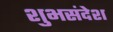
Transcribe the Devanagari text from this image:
शुभसंदेश